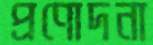
প্রণোদনা